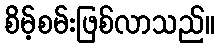
စိမ့်စမ်းဖြစ်လာသည်။